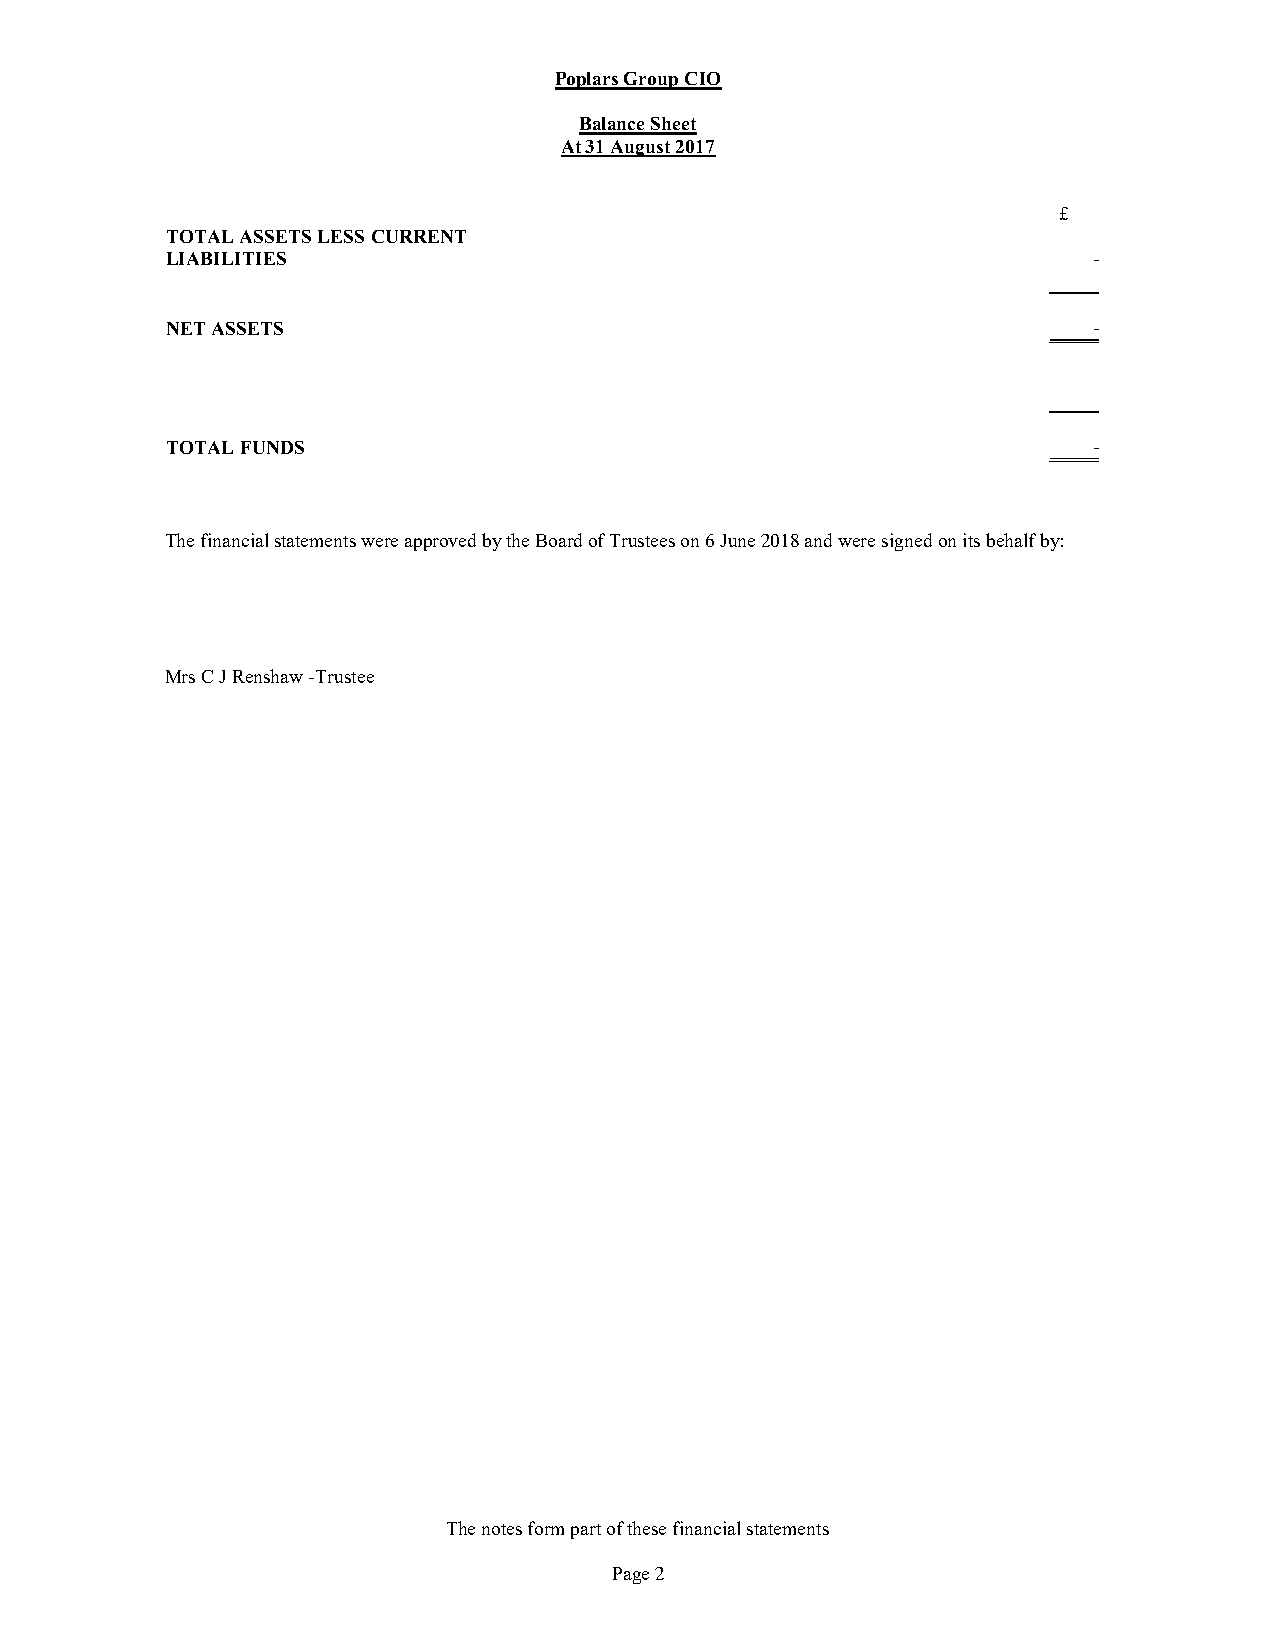
Poplars Group CIO
 Balance Sheet
 At 31 August 2017
 £
 TOTAL ASSETS LESS CURRENT
 LIABILITIES                                                  -
 NET ASSETS                                                   -
 TOTAL FUNDS                                                  -
 The financial statements were approved by the Board of Trustees on 6 June 2018 and were signed on its behalf by:
 Mrs C J Renshaw -Trustee
 The notes form part of these financial statements
 Page 2